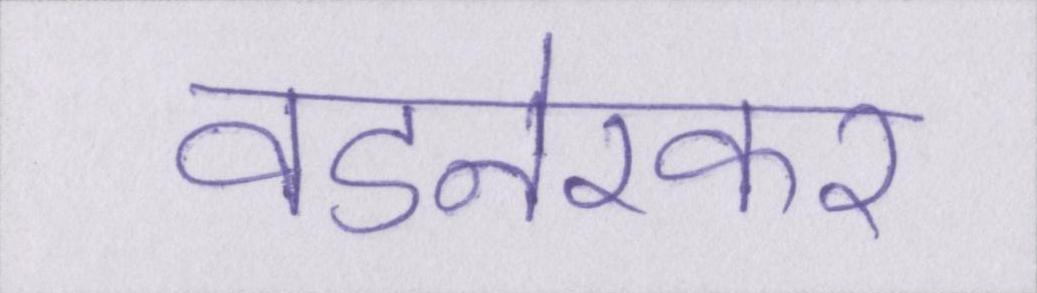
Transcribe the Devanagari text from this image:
वडनेरकर